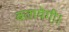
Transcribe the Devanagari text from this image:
बतायेगी।